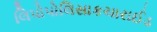
લિપોપોલિસાકચારાઈડ